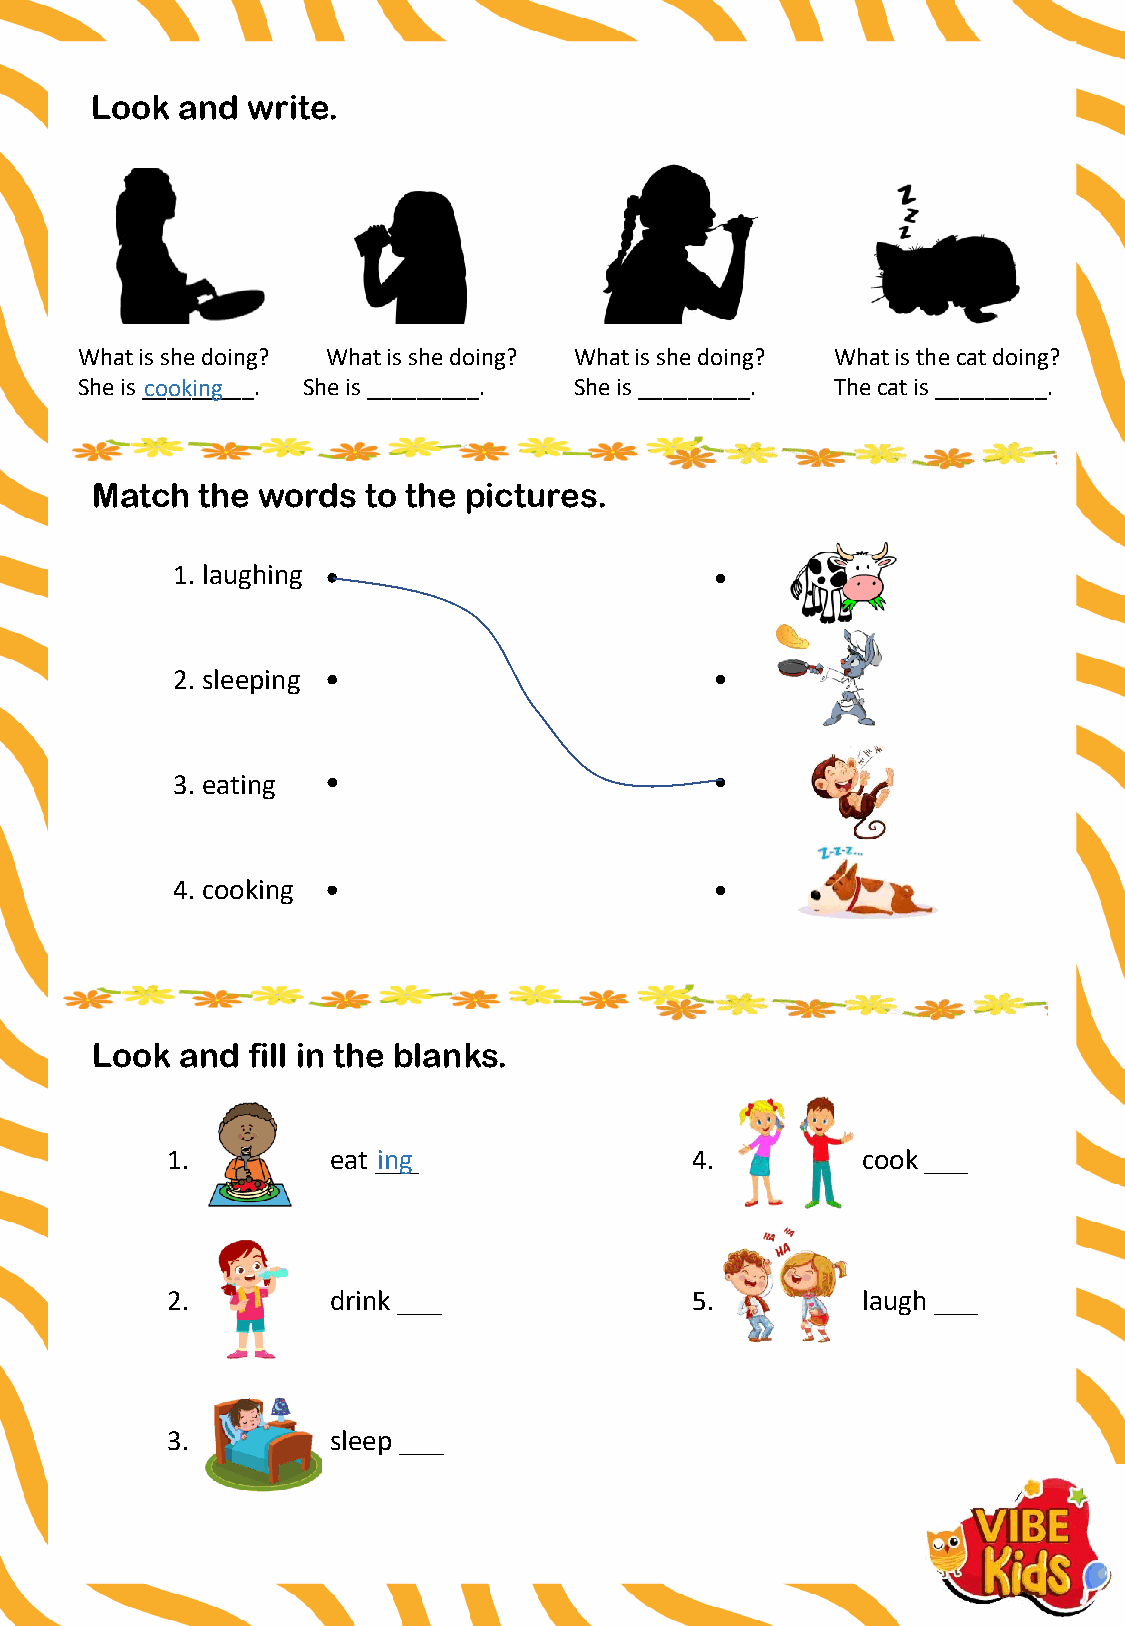
Look  and write.
 What is she doing? What is she doing? What is she doing? What is the cat doing?
 She is _c_o_o_k_in_g___. She is _________. She is _________. The cat is _________.
 Match  the words  to the pictures.
 1. laughing
 2. sleeping
 3. eating
 4. cooking
 Look  and fill in the blanks.
 1.         eat _in_g_              4.         cook ___
 2.         drink ___               5.         laugh ___
 3.         sleep ___